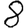
Digit: 8